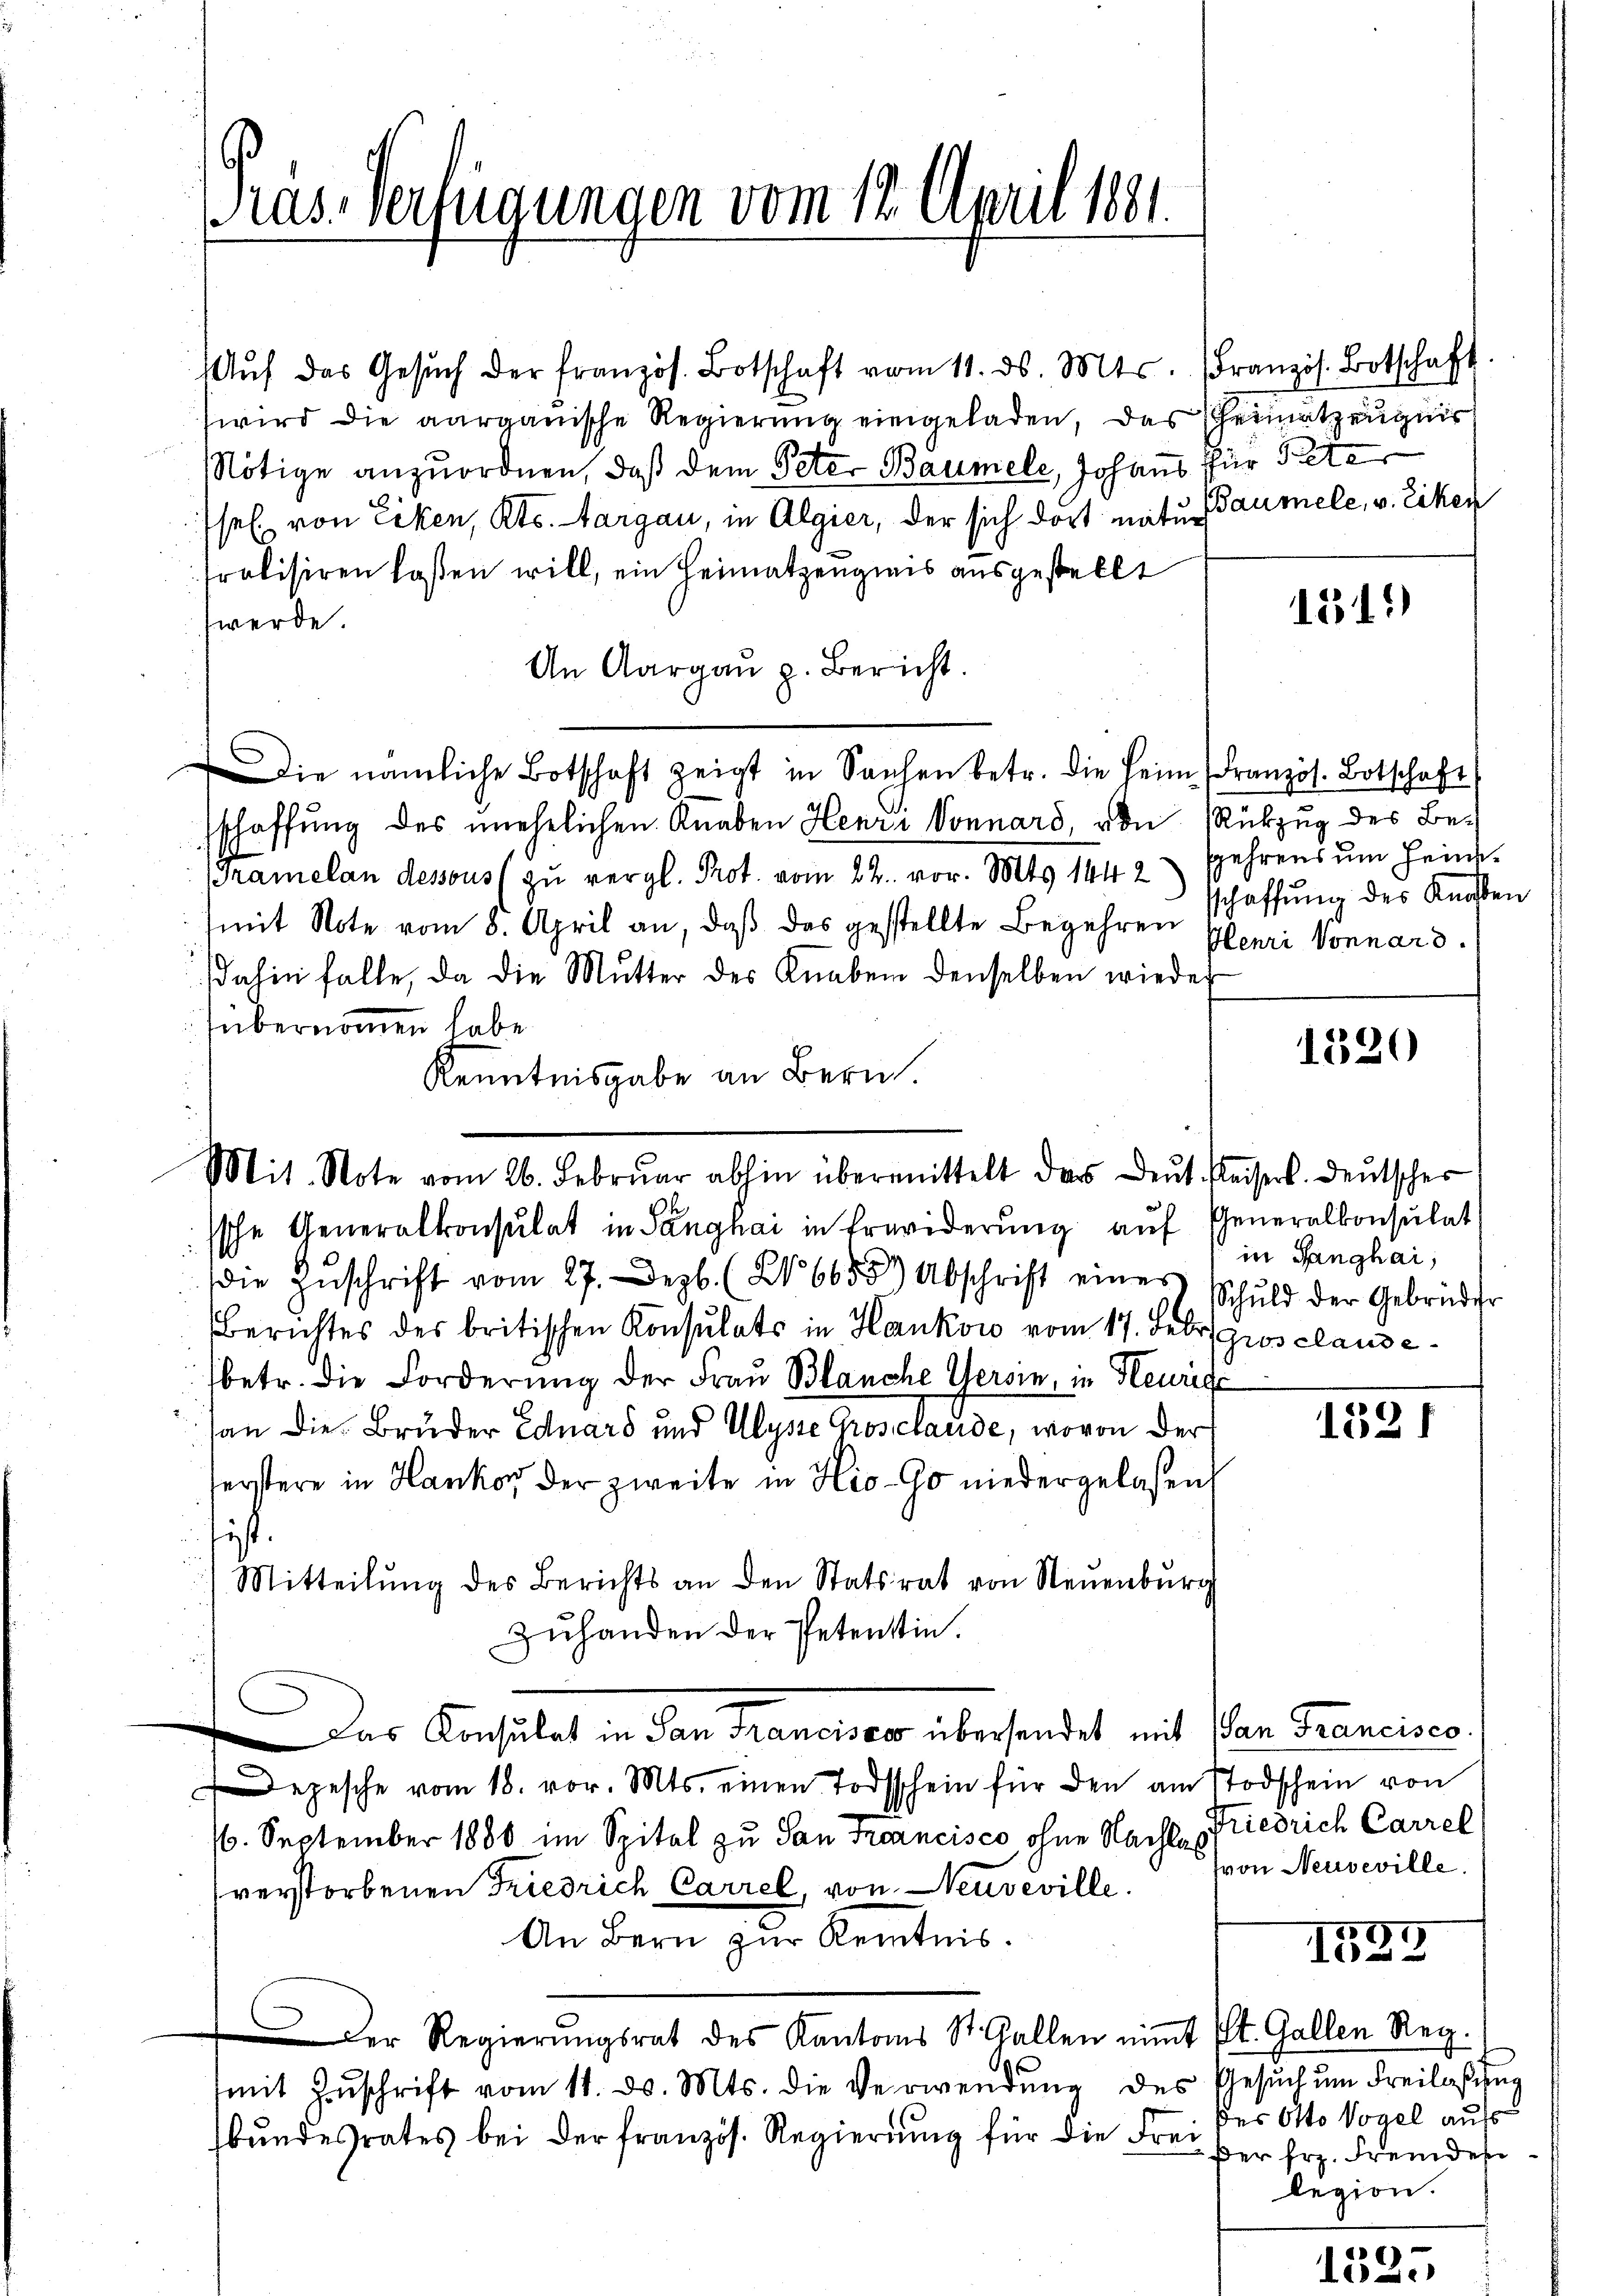
Pras. Verfügungen vom 12. April 1881.

Aŭf das Gesŭch der französ. Botschaft vom 11. ds. Mts. Französ. Botschaft.
wird die aargauische Regierung eingeladen, das Heimatzeugnis
Nötige anzuordnen, daß dem Peter Baumel, Johans für Pete
sel von Ecken, Kts. Aargau, in Algier, der sich dort natur
ralisiren laßen will, ein Heimatzeugnis ausgestellt
werde
An Aargaŭ p. Bericht.
Die nämliche Botschaft zeigt in Sachen betr. die Heim (Französ. Botschaft
schaffung des unehelichen Knaben Henri Vornard, von Rükzug des Be-
Tramelan dessous zŭ vergl. Prot. vom 22. vor. Mts. 1442 sehrens ŭm Heim-
mit Note vom 3. April an, daß das gestellte Begehren plenri Vornard
dahin falle, da die Mutter des Knaben denselben wieder
übernommen habe.
Kenntnisgabe an Bern.
ssche Generalkonsulat in Langhai in Erwiderŭng aŭf Generalkonsulat
die Zŭschrift vom 27. Dezb. (XV 6655. Abschrift eines Schuld der Gebrüder
Berichtes des britischen Konsulats in Hankow vom 17. Febr. gros clausebetr. die Forderung der Frau Blanche Gersin, in Heurige
(an die Brüder Eduard und Ulyse Groschande, wovon der
serstere in Hanko der zweite in Hio-Go niedergelassen,
sist.
Mitteilŭng des Berichts an den Statsrat von Neuenburg
Zuhanden der Petentin.
Das Konsulat in San Francisco übersendet mit (San Francisco
Depesche vom 18. vor. Mts. einen Todtschein für den am Todschein von
16. September 1880 im Spital zu San Francisco, ohne Nachte Friedrich Carrel
verstorbenen Friedrich Carrel, von Neuveville.
An Bern zur Kenntnis.
Der Regierungsrat des Kantons St. Gallen nimt St. Gallen Reg.
mit Zŭschrift vom 11. d. Mts. die Verwendŭng des Gesŭch ŭm Freilassung
bundesrates bei der französ. Regierung für die Frei

Mit. Note vom 26. Febrŭar abhin übermittelt das Deŭt. Keisers. Deutscher

Baumele, v. Riken

1311)

sschaffung des Knaben

1320

in Sanghai,

1321

von Neuveville.

1529

des Otto Vogel aufs
Der Erz. Fremdes
legion.

9
13